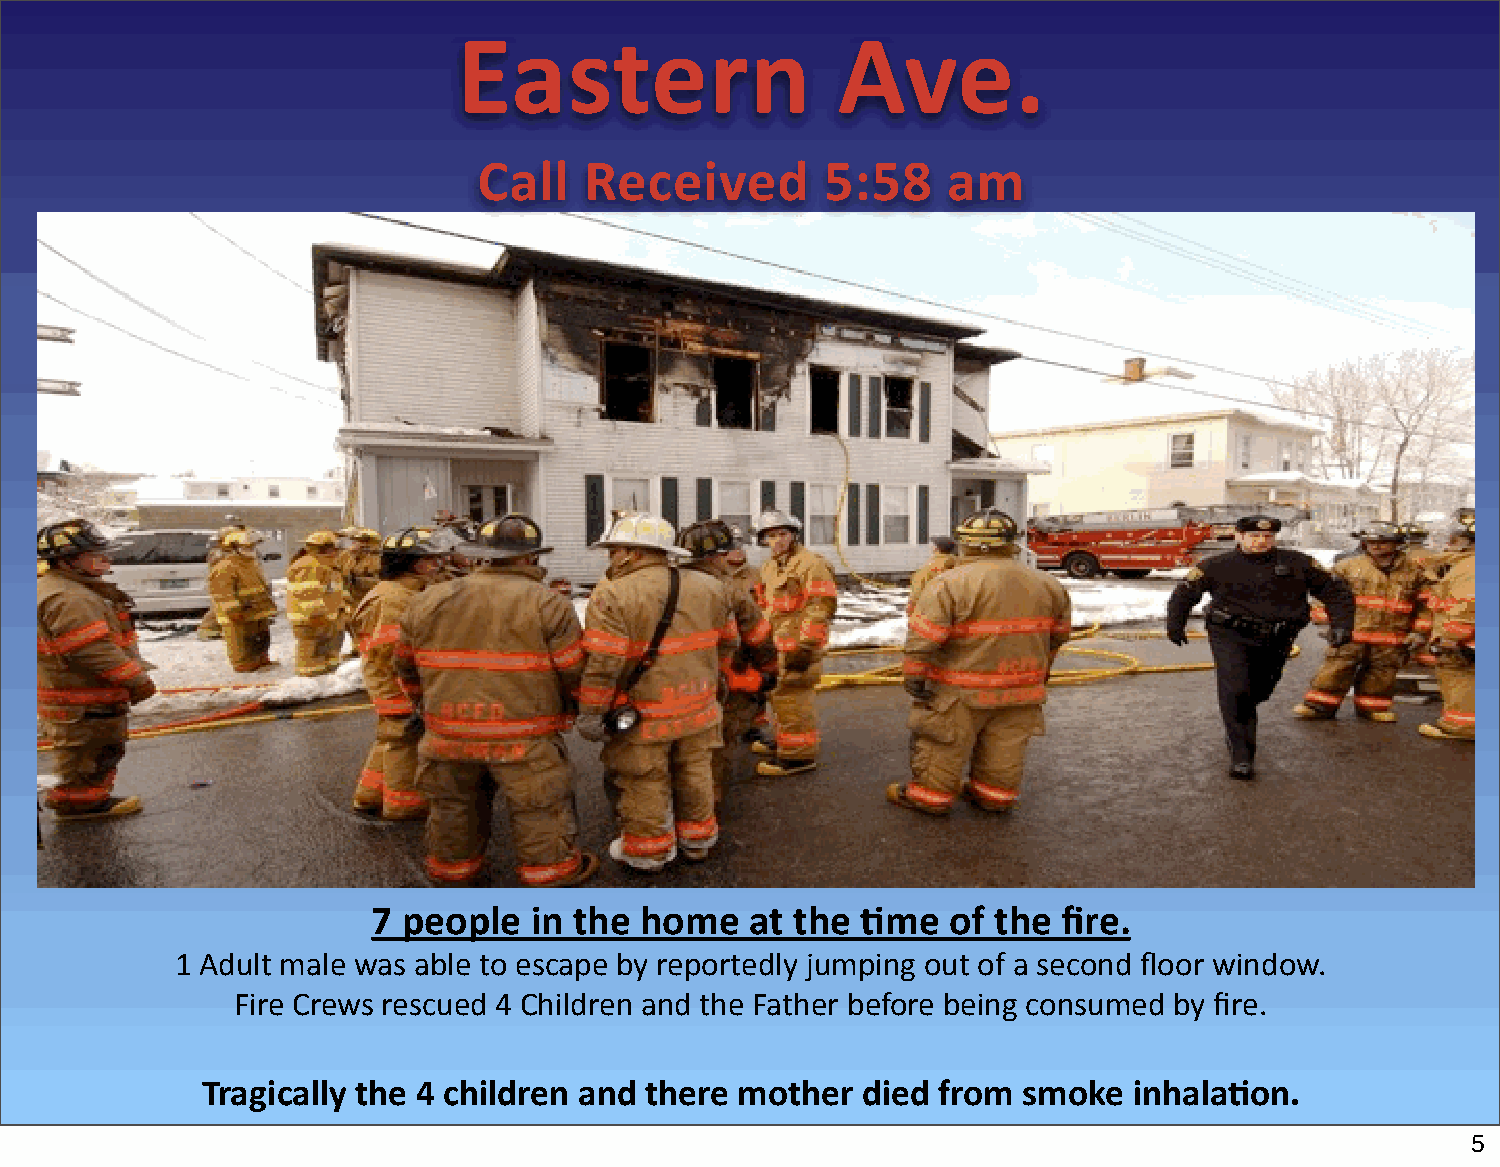
Eastern                  Ave.
 Call   Received        5:58    am
 7 people  in the home    at the Rme   of the fire.
 1 Adult male was able to escape by reportedly jumping out of a second floor window.
 Fire Crews rescued 4 Children and the Father before being consumed by fire.
 Tragically the 4 children and there mother  died from  smoke  inhalaRon.
 5